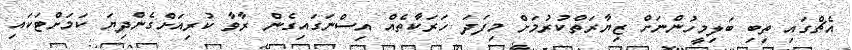
އެޗްގައި ތިބި ބަލިމީހުންނަށް ޒިޔާރަތްކުރުމަށް މިފަދަ ހަރަކާތެއް އިސްނަގައިގެން ރާވާ ކުރިއަށްގެންދިޔަ ކަމަށްޓަކައި